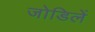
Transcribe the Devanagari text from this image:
जोडिलें